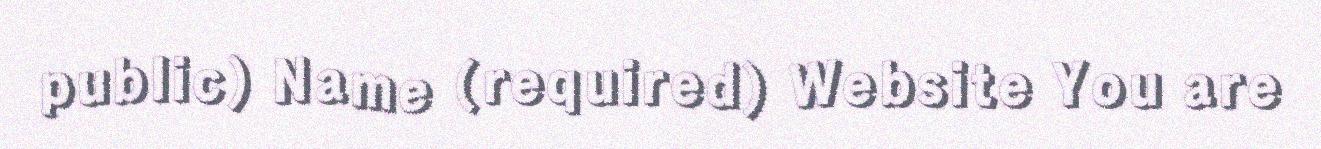
public) Name (required) Website You are